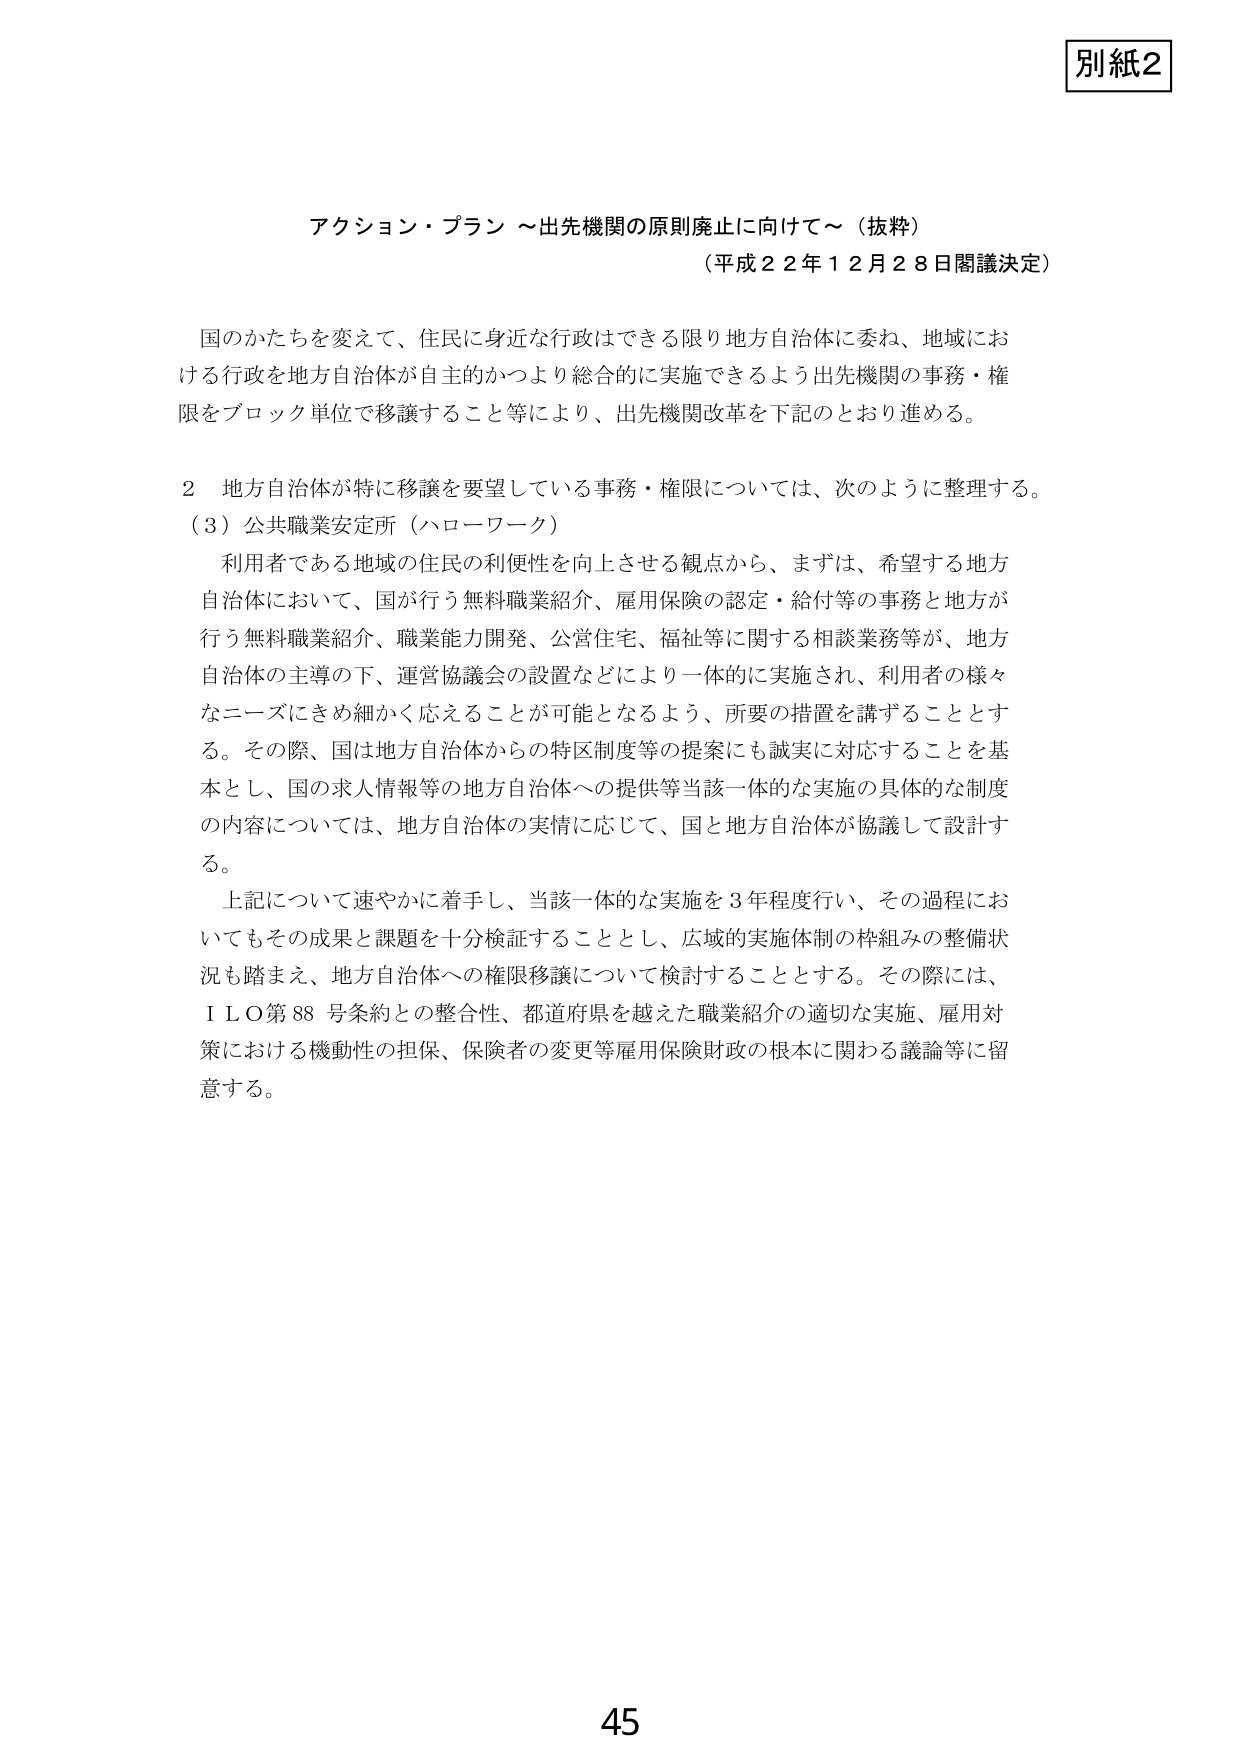
別紙2

アクション・プラン ～出先機関の原則廃止に向けて～（抜粋）
（平成22年12月28日閣議決定）

国のかたちを変えて、住民に身近な行政はできる限り地方自治体に委ね、地域における行政を地方自治体が自主的かつより総合的に実施できるよう出先機関の事務・権限をブロック単位で移譲すること等により、出先機関改革を下記のとおり進める。

2 地方自治体が特に移譲を要望している事務・権限については、次のように整理する。
（3）公共職業安定所（ハローワーク）
利用者である地域の住民の利便性を向上させる観点から、まずは、希望する地方自治体において、国が行う無料職業紹介、雇用保険の認定・給付等の事務と地方が行う無料職業紹介、職業能力開発、公営住宅、福祉等に関する相談業務等が、地方自治体の主導の下、運営協議会の設置などにより一体的に実施され、利用者の様々なニーズにきめ細かく応えることが可能となるよう、所要の措置を講ずることとする。その際、国は地方自治体からの特区制度等の提案にも誠実に対応することを基本とし、国の求人情報等の地方自治体への提供等当該一体的な実施の具体的な制度の内容については、地方自治体の実情に応じて、国と地方自治体が協議して設計する。
上記について速やかに着手し、当該一体的な実施を3年程度行い、その過程においてもその成果と課題を十分検証することとし、広域的実施体制の枠組みの整備状況も踏まえ、地方自治体への権限移譲について検討することとする。その際には、ＩＬＯ第88号条約との整合性、都道府県を越えた職業紹介の適切な実施、雇用対策における機動性の担保、保険者の変更等雇用保険財政の根本に関わる議論等に留意する。

45